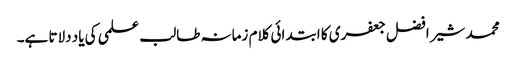
محمد شیر افضل جعفری کا ابتدائی کلام زمانہ طالب علمی کی یاد دلاتا ہے۔